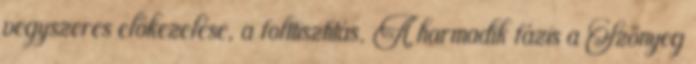
vegyszeres előkezelése, a folttisztítás. A harmadik fázis a Szőnyeg